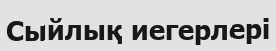
Сыйлық иегерлері